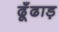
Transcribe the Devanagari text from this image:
ढूँढाड़